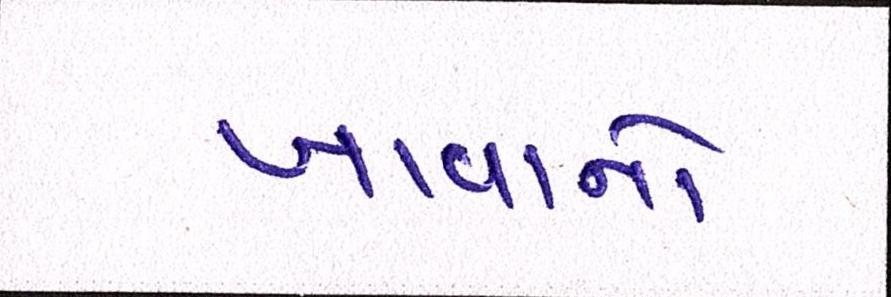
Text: ખાવાનો